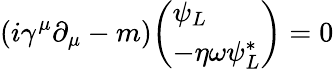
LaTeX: (i\gamma^{\mu}\partial_{\mu}-m){\left(\begin{array}{l}{\psi_{L}}\\ {-\eta\omega\psi_{L}^{*}}\end{array}\right)}=0